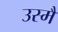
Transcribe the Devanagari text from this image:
उस्मैं